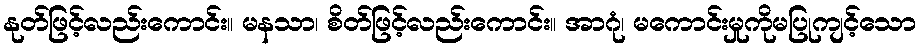
နုတ်ဖြင့်လည်းကောင်း။ မနသာ၊ စိတ်ဖြင့်လည်းကောင်း။ အာဂုံ၊ မကောင်းမှုကိုမပြုကျင့်သော